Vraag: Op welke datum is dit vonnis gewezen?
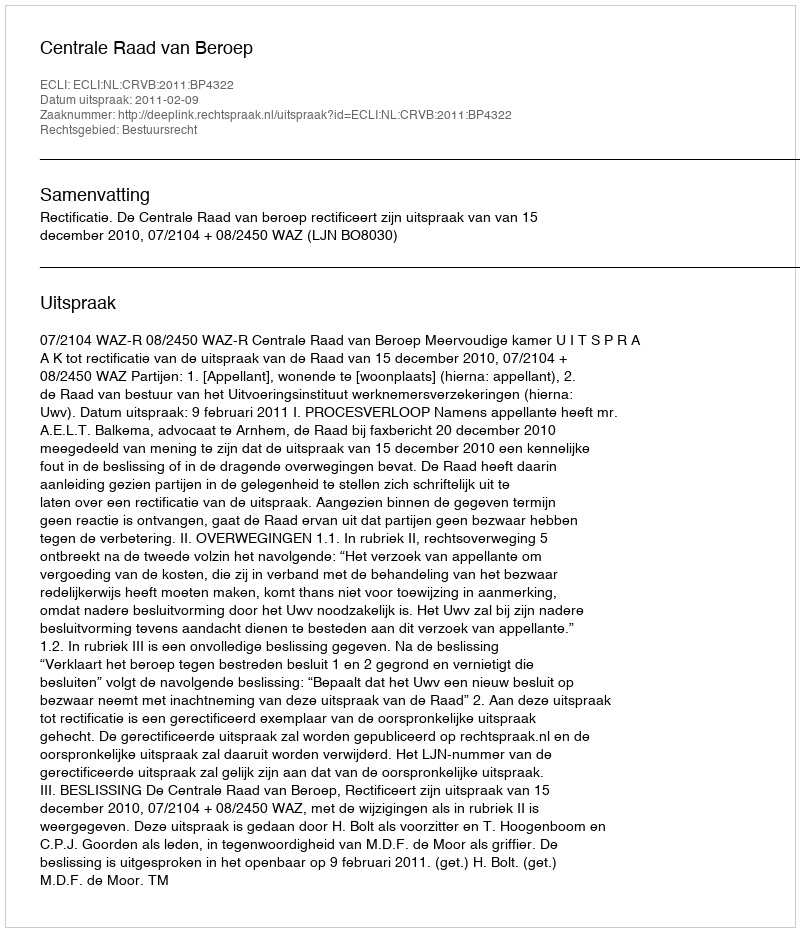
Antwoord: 2011-02-09